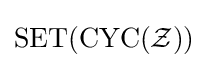
\operatorname {SET} (\operatorname {CYC} ({\mathcal {Z}}))